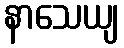
နာသေယျ